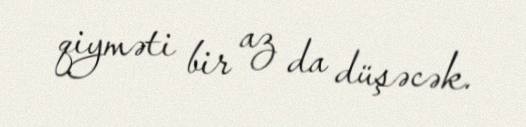
qiyməti bir az da düşəcək.